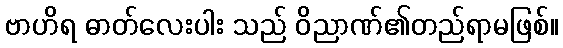
ဗာဟိရ ဓာတ်လေးပါး သည် ဝိညာဏ်၏တည်ရာမဖြစ်။